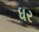
ધર